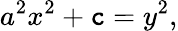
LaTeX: a^{2}x^{2}+\mathtt{c}=y^{2},